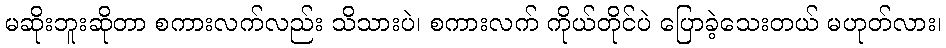
မဆိုးဘူးဆိုတာ စကားလက်လည်း သိသားပဲ၊ စကားလက် ကိုယ်တိုင်ပဲ ပြောခဲ့သေးတယ် မဟုတ်လား၊